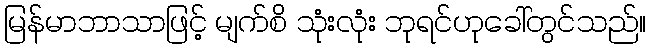
မြန်မာဘာသာဖြင့် မျက်စိ သုံးလုံး ဘုရင်ဟုခေါ်တွင်သည်။